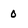
Character: 0